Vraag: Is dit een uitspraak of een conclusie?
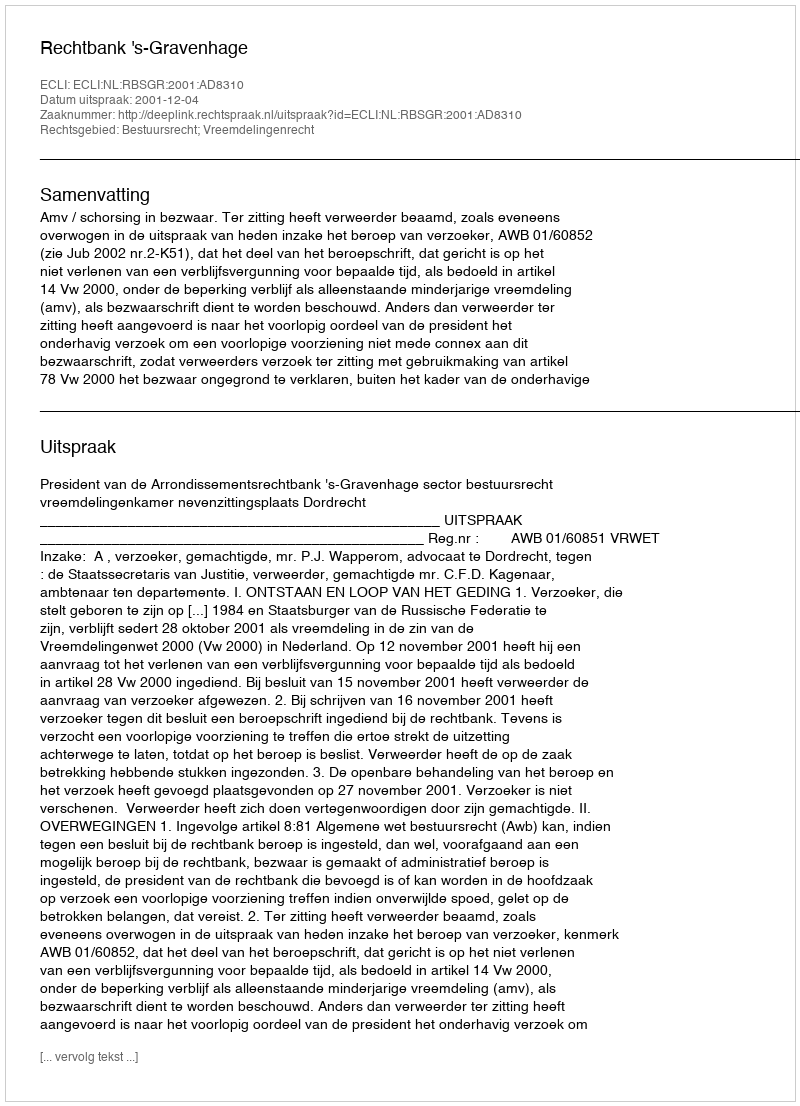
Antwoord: Uitspraak